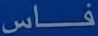
فاس